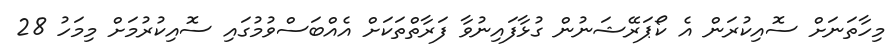
މިހާތަނަށް ސޮއިކުރަން އެ ކޯޕަރޭޝަނުން ގުޅާފައިނުވާ ފަރާތްތަކަށް އެއްބަސްވުމުގައި ސޮއިކުރުމަށް މިމަހު 28